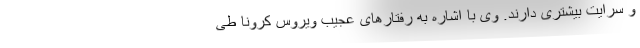
و سرایت بیشتری دارند. وی با اشاره به رفتارهای عجیب ویروس کرونا طی